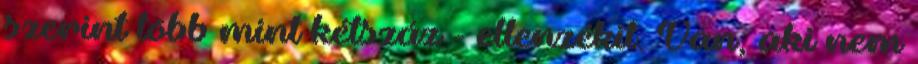
szerint több mint kétszáz - ellenzékit. Van, aki nem